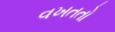
વખતતો